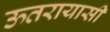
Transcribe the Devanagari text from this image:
ऊतरायासी